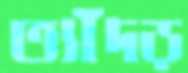
ত্যাঁদড়